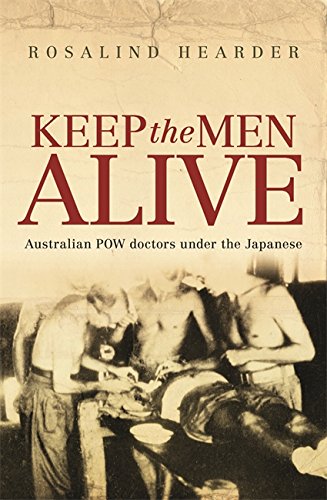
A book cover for Keep the Men Alive: Australian POW Doctors in Japanese Captivity; Rosalind Hearder; History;